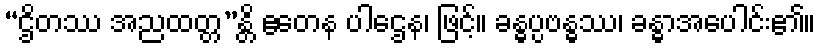
“ဌိတဿ အညထတ္တ”န္တိ ဧတေန ပါဌေန၊ ဖြင့်။ ခန္ဓပ္ပဗန္ဓဿ၊ ခန္ဓာအပေါင်း၏။